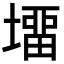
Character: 㙧